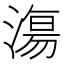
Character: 漡